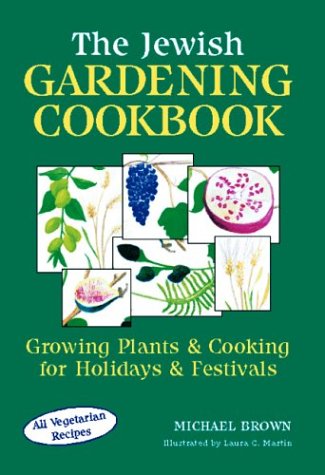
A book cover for The Jewish Gardening Cookbook: Growing Plants & Cooking for Holidays & Festivals; Michael Brown; Cookbooks, Food & Wine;